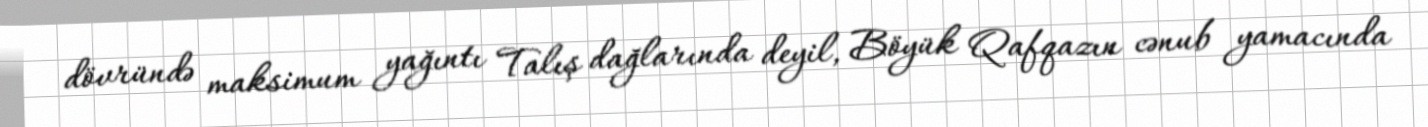
dövründə maksimum yağıntı Talış dağlarında deyil, Böyük Qafqazın cənub yamacında